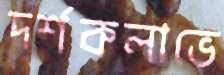
দর্শকলাভে